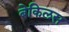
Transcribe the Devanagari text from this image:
बेकिलस